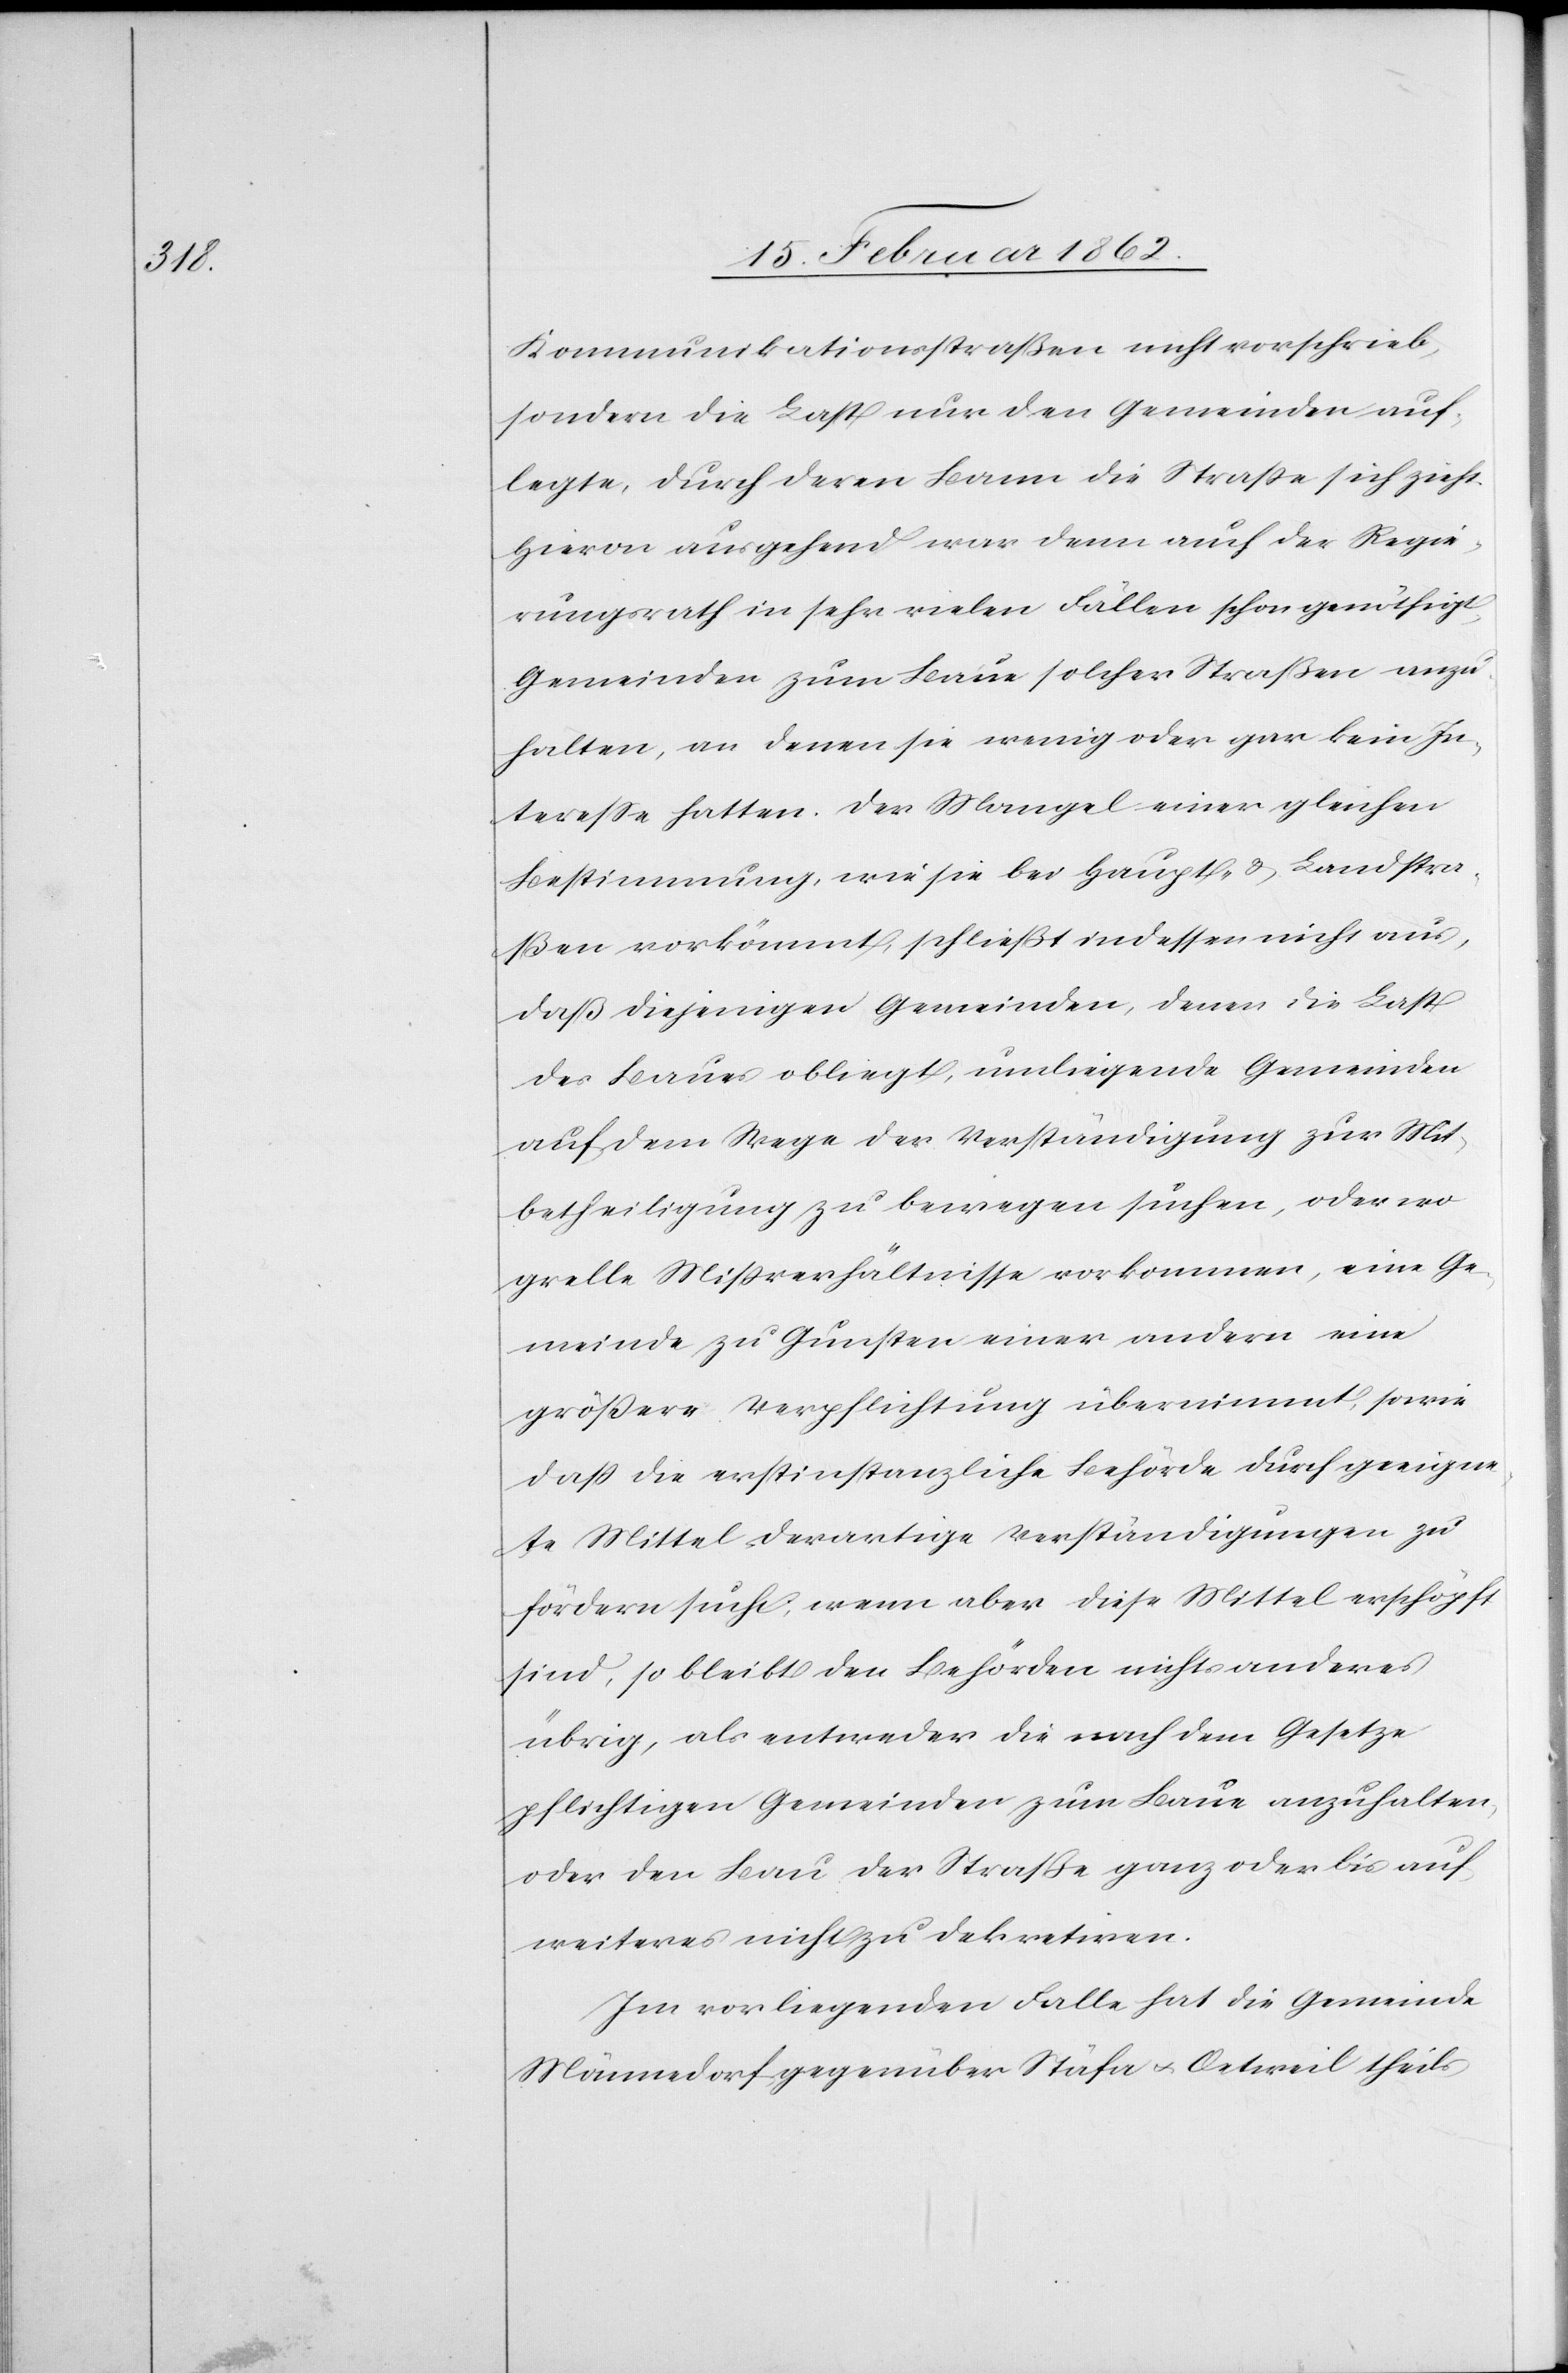
Kommunikationsstraßen nicht vorschrieb,
sondern die Last nur den Gemeinden auf¬
legte, durch deren Bann die Straße sich zieht.
Hievon ausgehend war denn auch der Regie¬
rungsrath in sehr vielen Fällen schon genöthigt,
Gemeinden zum Baue solcher Straßen anzu¬
halten, an denen sie wenig oder gar kein In¬
tereße hatten. Der Mangel einer gleichen
Bestimmung, wie sie bei Haupt- & Landstra¬
ßen vorkömmt, schließt indessen nicht aus,
daß diejenigen Gemeinden, denen die Last
des Baues obliegt, umliegende Gemeinden
auf dem Wege der Verständigung zur Mit¬
betheiligung zu bewegen suchen, oder wo
grelle Mißverhältnisse vorkommen, eine Ge¬
meinde zu Gunsten einer andern eine
größere Verpflichtung übernimmt, sowie
daß die erstinstanzliche Behörde durch geeigne¬
te Mittel derartige Verständigungen zu
fördern sucht; wenn aber diese Mittel erschöpft
sind, so bleibt den Behörden nichts anderes
übrig, als entweder die nach dem Gesetze
pflichtigen Gemeinden zum Baue anzuhalten,
oder den Bau der Straße ganz oder bis auf
Im vorliegenden Falle hat die Gemeinde
Männedorf gegenüber Stäfa u. Oetweil theils